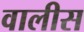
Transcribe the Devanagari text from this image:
वालीस